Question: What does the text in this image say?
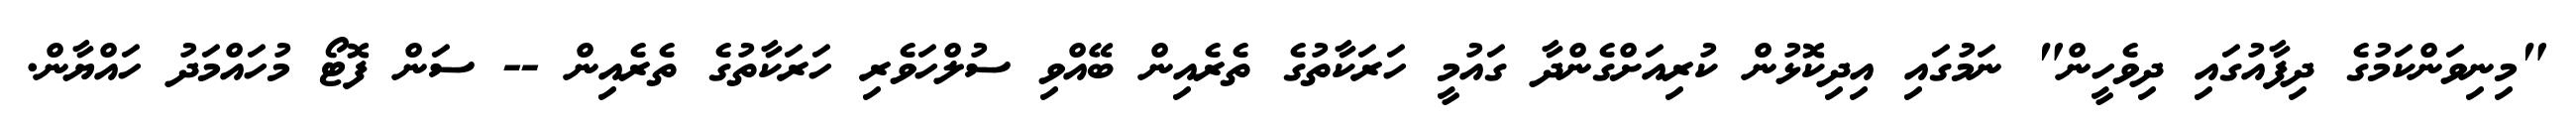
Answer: "މިނިވަންކަމުގެ ދިފާއުގައި ދިވެހީން" ނަމުގައި އިދިކޮޅުން ކުރިއަށްގެންދާ ގައުމީ ހަރަކާތުގެ ތެރެއިން ބޭއްވި ސުލްހަވެރި ހަރަކާތުގެ ތެރެއިން -- ސަން ފޮޓޯ މުހައްމަދު ހައްޔާން.